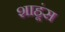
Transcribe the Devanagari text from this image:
शाहूंस